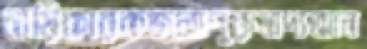
নায়িকারকজলাপুরুষাদ্যআন